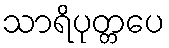
သာရိပုတ္တပေ